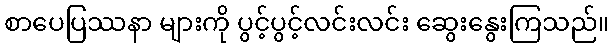
စာပေပြဿနာ များကို ပွင့်ပွင့်လင်းလင်း ဆွေးနွေးကြသည်။